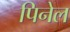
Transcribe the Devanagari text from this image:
पिनेल